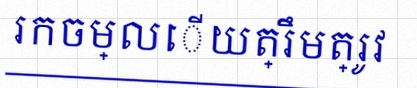
រកចម្លើយត្រឹមត្រូវ